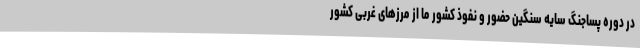
در دوره پساجنگ سایه سنگین حضور و نفوذ کشور ما از مرزهای غربی کشور